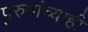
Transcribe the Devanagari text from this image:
पुरुषांच्याही